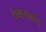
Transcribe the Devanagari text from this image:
केशमार्जन